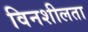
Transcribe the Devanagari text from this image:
विनशीलता